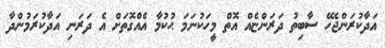
އަދާކުރަންޖެހޭ ސާބިތު ދަރަންޏެއް އޮތް މީހަކުނަމަ ޙުކުމާ އެއްގޮތަށް އެ ދަރަނި އަދާކުރަމުންދާ